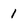
Character: 1